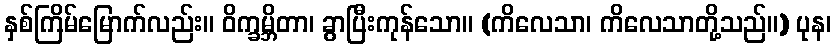
နှစ်ကြိမ်မြောက်လည်း။ ဝိက္ခမ္ဘိတာ၊ ခွာပြီးကုန်သော။ (ကိလေသာ၊ ကိလေသာတို့သည်။) ပုန၊